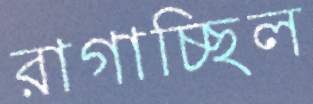
রাগাচ্ছিল